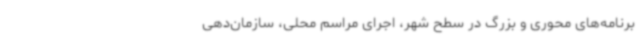
برنامه‌های محوری و بزرگ در سطح شهر، اجرای مراسم‌ محلی، سازمان‌دهی